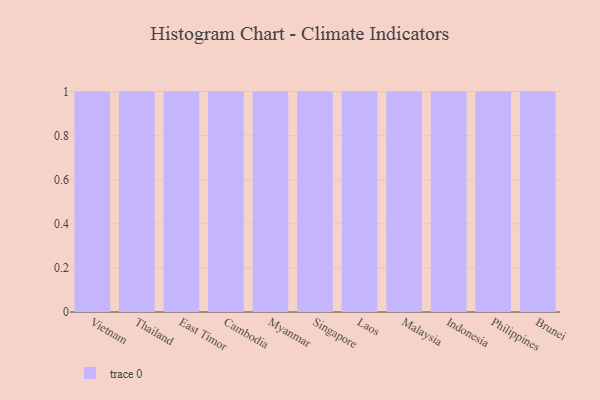
{"axis": {"x": "Country", "y": "Conversion Rate (%)"}, "legend": [""], "data": [{"x": "Vietnam", "y": 52, "type": ""}, {"x": "Thailand", "y": 46, "type": ""}, {"x": "East Timor", "y": 5, "type": ""}, {"x": "Cambodia", "y": 58, "type": ""}, {"x": "Myanmar", "y": 65, "type": ""}, {"x": "Singapore", "y": 48, "type": ""}, {"x": "Laos", "y": 37, "type": ""}, {"x": "Malaysia", "y": 31, "type": ""}, {"x": "Indonesia", "y": 15, "type": ""}, {"x": "Philippines", "y": 83, "type": ""}, {"x": "Brunei", "y": 42, "type": ""}]}